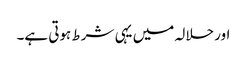
اور حلالہ میں یہی شرط ہوتی ہے۔